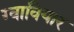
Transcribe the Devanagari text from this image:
ग्वावियार